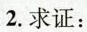
2.求证：